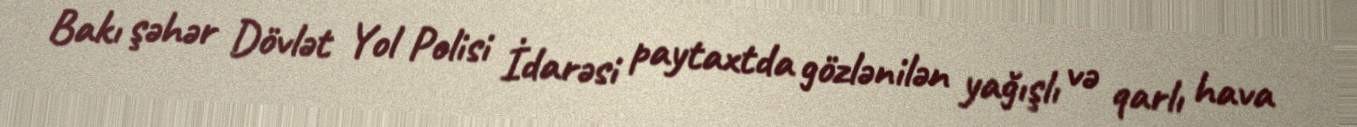
Bakı şəhər Dövlət Yol Polisi İdarəsi paytaxtda gözlənilən yağışlı və qarlı hava